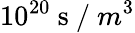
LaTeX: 10^{20}\mathrm{~s~/~}m^{3}